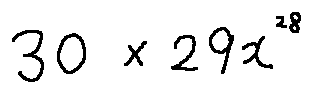
3 0 \times 2 9 x ^ { 2 8 }